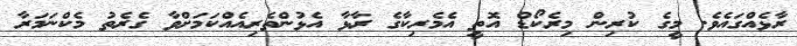
ރާޅެއްގައެވެ. މީގެ ކުރިން މިރެކޯޑް އޮތީ އެމެރިކާގެ ރާޅާ އެޅުންތެރިއެއްކަމަށްވާ ގެރެތު މެކްނަމަރާ